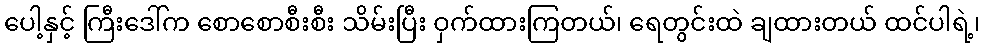
ပေါ့နှင့် ကြီးဒေါ်က စောစောစီးစီး သိမ်းပြီး ဝှက်ထားကြတယ်၊ ရေတွင်းထဲ ချထားတယ် ထင်ပါရဲ့၊